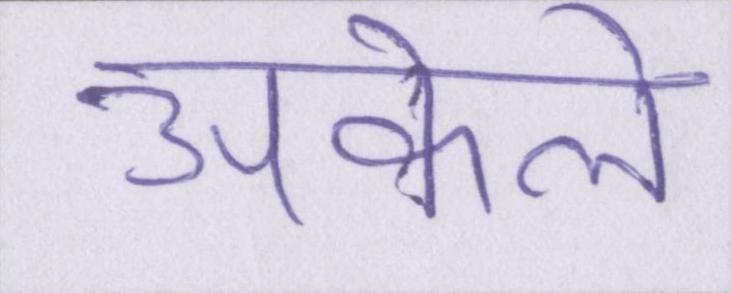
अकेले